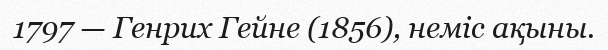
1797 — Генрих Гейне (1856), неміс ақыны.